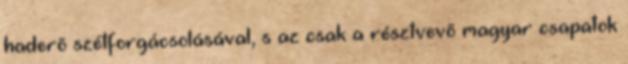
haderõ szétforgácsolásával, s az csak a résztvevõ magyar csapatok